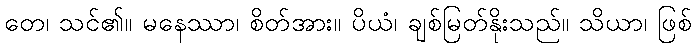
တေ၊ သင်၏။ မနေဿာ၊ စိတ်အား။ ပိယံ၊ ချစ်မြတ်နိုးသည်။ သိယာ၊ ဖြစ်